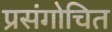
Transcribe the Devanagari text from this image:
प्रसंगोचित